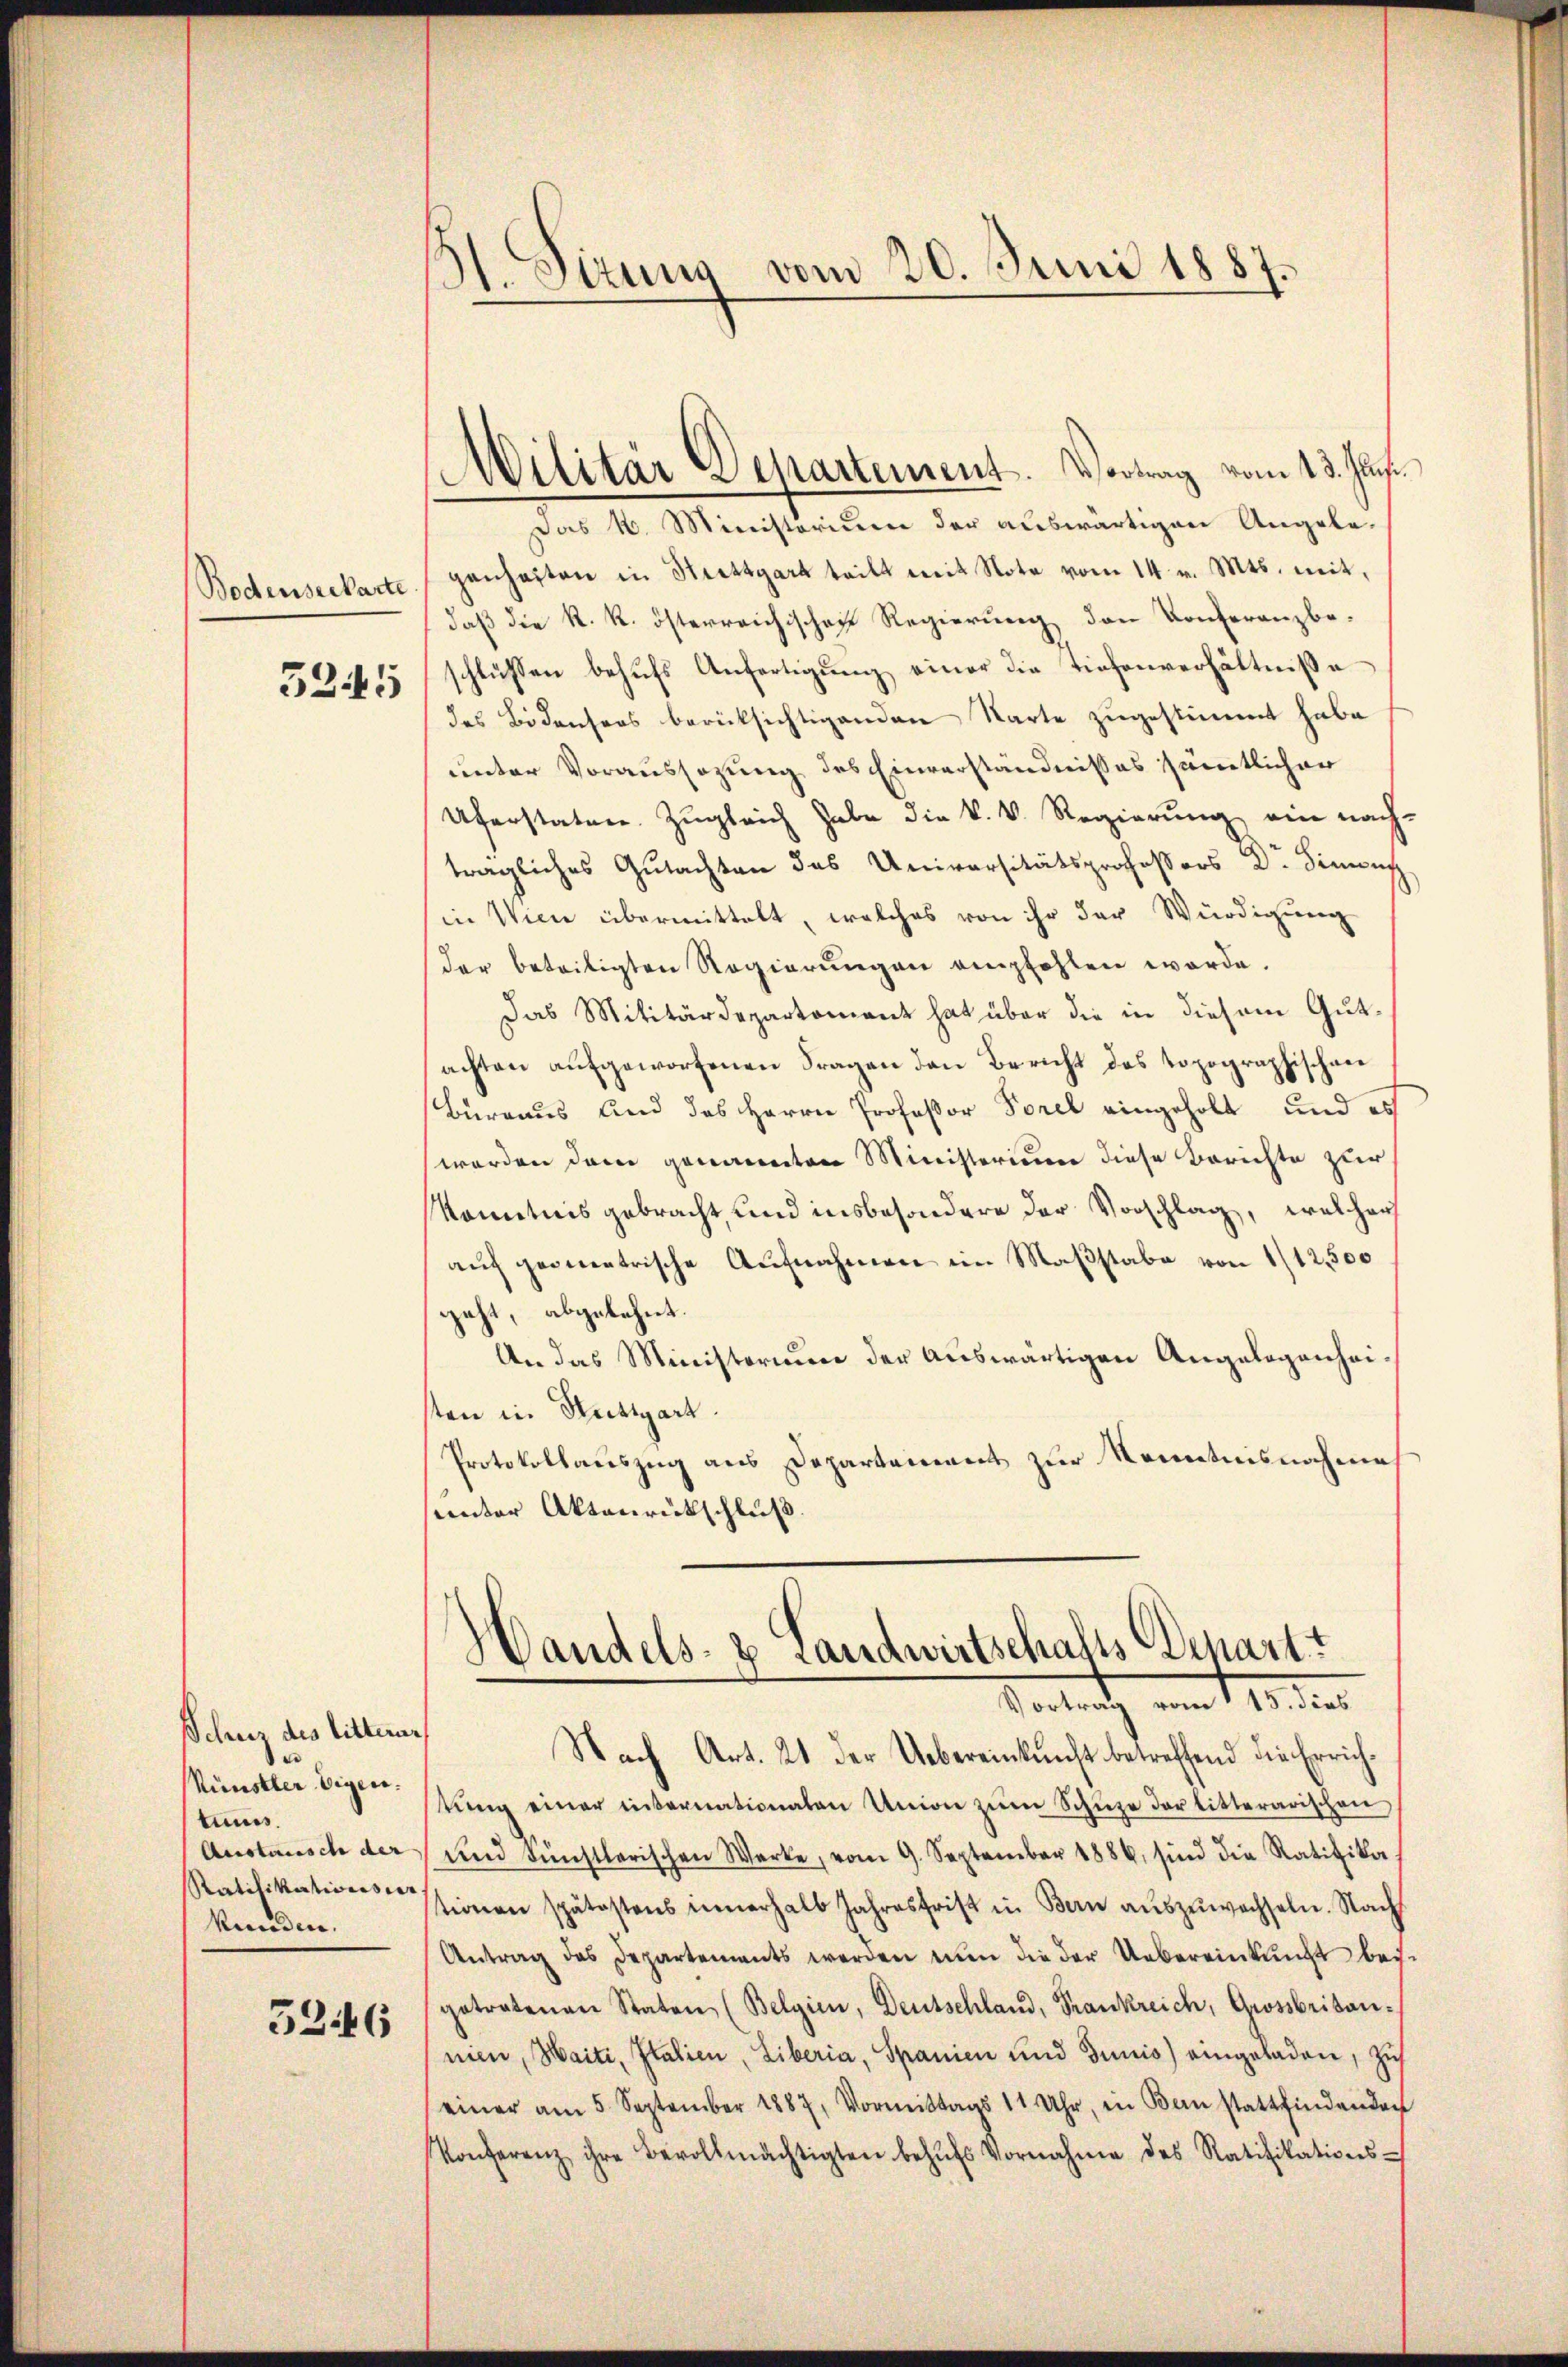
Bodenserkarte

5245

Schur des litterun
e
Künstler Eigen.
tunss.
Austausche der
Ratifikationssier
kunden. |

5246

31. Sizung vom 20. Juni 1887.

Das k. Ministorium der auswärtigen Angele-
genheiten in Stuttgart teilt mit Note vom 14. v. Mts. mit,
daß die k. k. österreichischen Regierung den Konferanzbeschlüssen behufs Anfertigung einer die Tiefenverhältnisse
des Bodensers berücksichtigenden Karte zugestimmt habe
unter Voraussezung des Einverständnisses sämtlicher
Uferstaten. Zŭgleich habe die K. V. Regierŭng ein nach-
tragliches Gutachten des Universitätsprofessors Dr. Simon
in Wien übermittelt, welches von ihr der Würdigung
der beteiligten Regierŭngen empfohlen werde.
Das Militärdepartament hat über die in diesem Gutachten aŭfgeworfenen Fragen den Bericht des topographischen
Bureaus und das Herrn Professor Forel eingeholt und es
werden den genannten Ministerium diese Berichte zur
Kenntnis gebracht, und insbesondere der Vorschlag, welcher
auf geometrische Aufnahmen im Maßstabe von 1/12,500
geht, abgelehnt.
An das Ministorium der auswärtigen Angelegenheisten in Stuttgart.
Protokollauszug aus Departement zur Kenntnisnahme
unter Aktenrückschluß.

Militär Departement. Vortrag vom 13. Jun.

Handels- & Landwirtschafts Depart
Vortrath am 11. der

Nach Art. 21 der Uebereinkunft betreffend die Errichtŭng einer internationaten Union zŭm Schŭze der litterarischen
und künstlerischen Werke, vom 9. September 1886, sind die Ratifika-
tionen spätestens innerhalb Jahresfrist in Bern aŭszŭwachseln. Nach
Antrag des Departements werden nŭn die der Uebereinkunft bei-
getretenen Staten (Belgien, Deutschland, Frankreich, Grossbritannien, Maiti, Italien, Liberia, Spanien und Junis) eingeladen, zus
einer am 5. September 1887, Vormittags 11 Uhr, in Bern stattfindenden
Konferenz ihre Bevollmächtigten behŭfs Vornahme des Ratifikations-